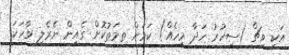
އަކީ ވިޗް (ސިހުރު ހަދާ މީހެއް) ކަމަށް ތމަތުކޮށް ގެއިން ނެރެލި ވާހަކަ.